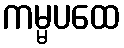
ကမ္မပထေ